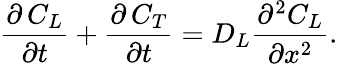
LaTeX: \frac{\partial\, {{C}_{L}}}{\partial t}+\frac{\partial\, {{C}_{T}}}{\partial t}={{D}_{L}}\frac{{{\partial}^{2}}{{C}_{L}}}{\partial{{x}^{2}}}.